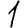
Digit: 1